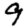
Digit: 9